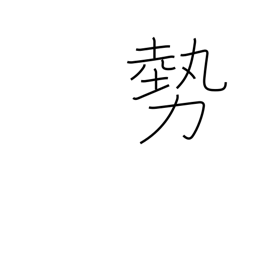
Meaning: forces